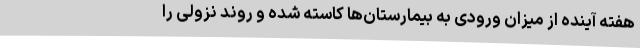
هفته آینده از میزان ورودی به بیمارستان‌ها کاسته شده و روند نزولی را